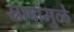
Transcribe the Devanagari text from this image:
स्रावांमुळे